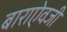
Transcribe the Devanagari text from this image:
बाराऐवजी